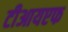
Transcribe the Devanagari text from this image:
टीआयएफ